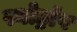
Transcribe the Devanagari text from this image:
स्नोड्रॉप